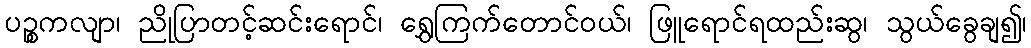
ပဉ္စကလျာ၊ ညိုပြာတင့်ဆင်းရောင်၊ ရွှေကြက်တောင်ဝယ်၊ ဖြူရောင်ရထည်းဆွ၊ သွယ်ခွေချ၍၊